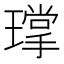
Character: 𮴴